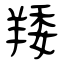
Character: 䍴